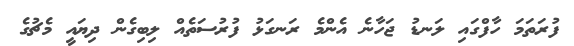
ފުރަތަމަ ހާފްގައި ލަނޑު ޖަހާނެ އެންމެ ރަނގަޅު ފުރުސަތެއް ލިބިގެން ދިޔައީ މެޗުގެ